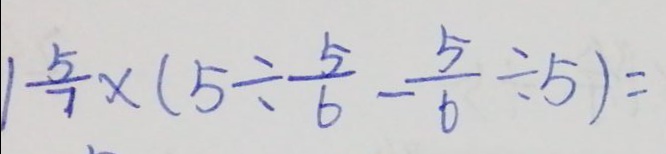
1 \frac { 5 } { 7 } \times ( 5 \div \frac { 5 } { 6 } - \frac { 5 } { 6 } \div 5 ) =